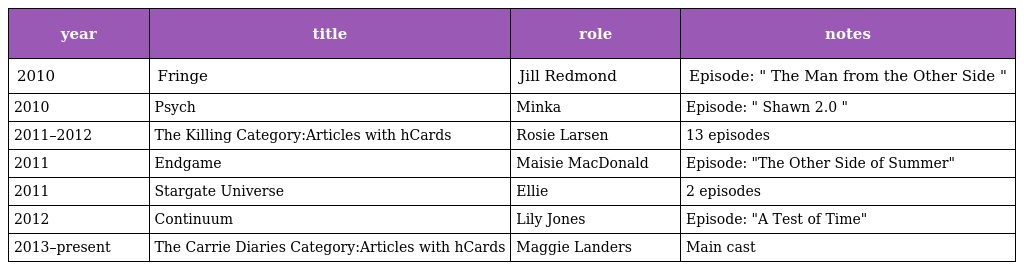
| year | title | role | notes |
 | --- | --- | --- | --- |
 | 2010 | Fringe | Jill Redmond | Episode: " The Man from the Other Side " |
 | 2010 | Psych | Minka | Episode: " Shawn 2.0 " |
 | 2011–2012 | The Killing Category:Articles with hCards | Rosie Larsen | 13 episodes |
 | 2011 | Endgame | Maisie MacDonald | Episode: "The Other Side of Summer" |
 | 2011 | Stargate Universe | Ellie | 2 episodes |
 | 2012 | Continuum | Lily Jones | Episode: "A Test of Time" |
 | 2013–present | The Carrie Diaries Category:Articles with hCards | Maggie Landers | Main cast |